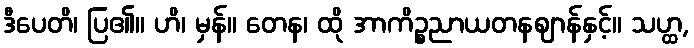
ဒီပေတိ၊ ပြ၏။ ဟိ၊ မှန်။ တေန၊ ထို အာကိဉ္စညာယတနဈာန်နှင့်။ သဟ္ထ,